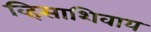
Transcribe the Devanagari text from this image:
व्हिसाशिवाय